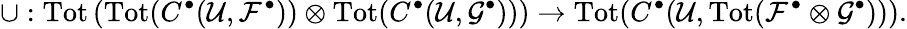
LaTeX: \cup:\textrm{Tot}\left(\textrm{Tot}(C^{\bullet}(\mathcal{U},\mathcal{F}^{\bullet}))\otimes\textrm{Tot}(C^{\bullet}(\mathcal{U},\mathcal{G}^{\bullet}))\right)\to\textrm{Tot}(C^{\bullet}(\mathcal{U},\textrm{Tot}(\mathcal{F}^{\bullet}\otimes\mathcal{G}^{\bullet}))).